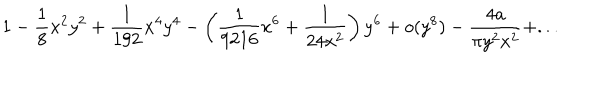
1 - \frac { 1 } { 8 } x ^ { 2 } y ^ { 2 } + \frac { 1 } { 1 9 2 } x ^ { 4 } y ^ { 4 } - \left( \frac { 1 } { 9 2 1 6 } x ^ { 6 } + \frac { 1 } { 2 4 x ^ { 2 } } \right) y ^ { 6 } + o ( y ^ { 8 } ) - \frac { 4 a } { \pi y ^ { 2 } x ^ { 2 } } + . . .